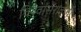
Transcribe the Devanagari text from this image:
विश्वासरावांनी